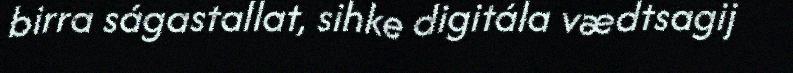
birra ságastallat, sihke digitála vædtsagij